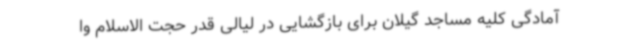
آمادگی کلیه مساجد گیلان برای بازگشایی در لیالی قدر حجت الاسلام وا